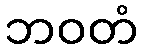
ဘဝတံ